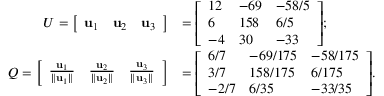
{ \begin{array} { r l } { U = { \left[ \begin{array} { l l l } { \mathbf { u } _ { 1 } } & { \mathbf { u } _ { 2 } } & { \mathbf { u } _ { 3 } } \end{array} \right] } } & { = { \left[ \begin{array} { l l l } { 1 2 } & { - 6 9 } & { - 5 8 / 5 } \\ { 6 } & { 1 5 8 } & { 6 / 5 } \\ { - 4 } & { 3 0 } & { - 3 3 } \end{array} \right] } ; } \\ { Q = { \left[ \begin{array} { l l l } { { \frac { \mathbf { u } _ { 1 } } { \| \mathbf { u } _ { 1 } \| } } } & { { \frac { \mathbf { u } _ { 2 } } { \| \mathbf { u } _ { 2 } \| } } } & { { \frac { \mathbf { u } _ { 3 } } { \| \mathbf { u } _ { 3 } \| } } } \end{array} \right] } } & { = { \left[ \begin{array} { l l l } { 6 / 7 } & { - 6 9 / 1 7 5 } & { - 5 8 / 1 7 5 } \\ { 3 / 7 } & { 1 5 8 / 1 7 5 } & { 6 / 1 7 5 } \\ { - 2 / 7 } & { 6 / 3 5 } & { - 3 3 / 3 5 } \end{array} \right] } . } \end{array} }